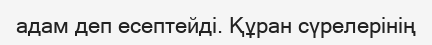
адам деп есептейді. Құран сүрелерінің